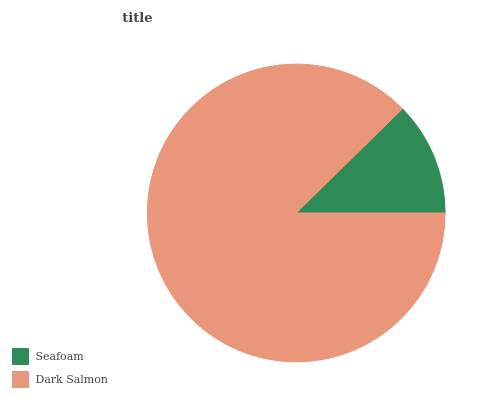
| Seafoam | Dark Salmon |
 | --- | --- |
 | 12.3% | 87.7% |